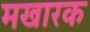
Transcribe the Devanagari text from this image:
मखारक